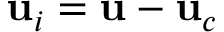
\mathbf { u } _ { i } = \mathbf { u } - \mathbf { u } _ { c }